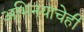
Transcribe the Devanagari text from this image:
अभिनयाचेही